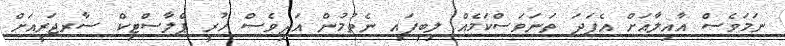
ނަމަވެސް އާއިލާއަށް އެފަދަ ތަނަވަސްކަމެއް ލިބިފައި ނެތުމުން އަދިވެސް ހުރީ ޕްލާސްޓިކް ސާރޖަރީއަށް